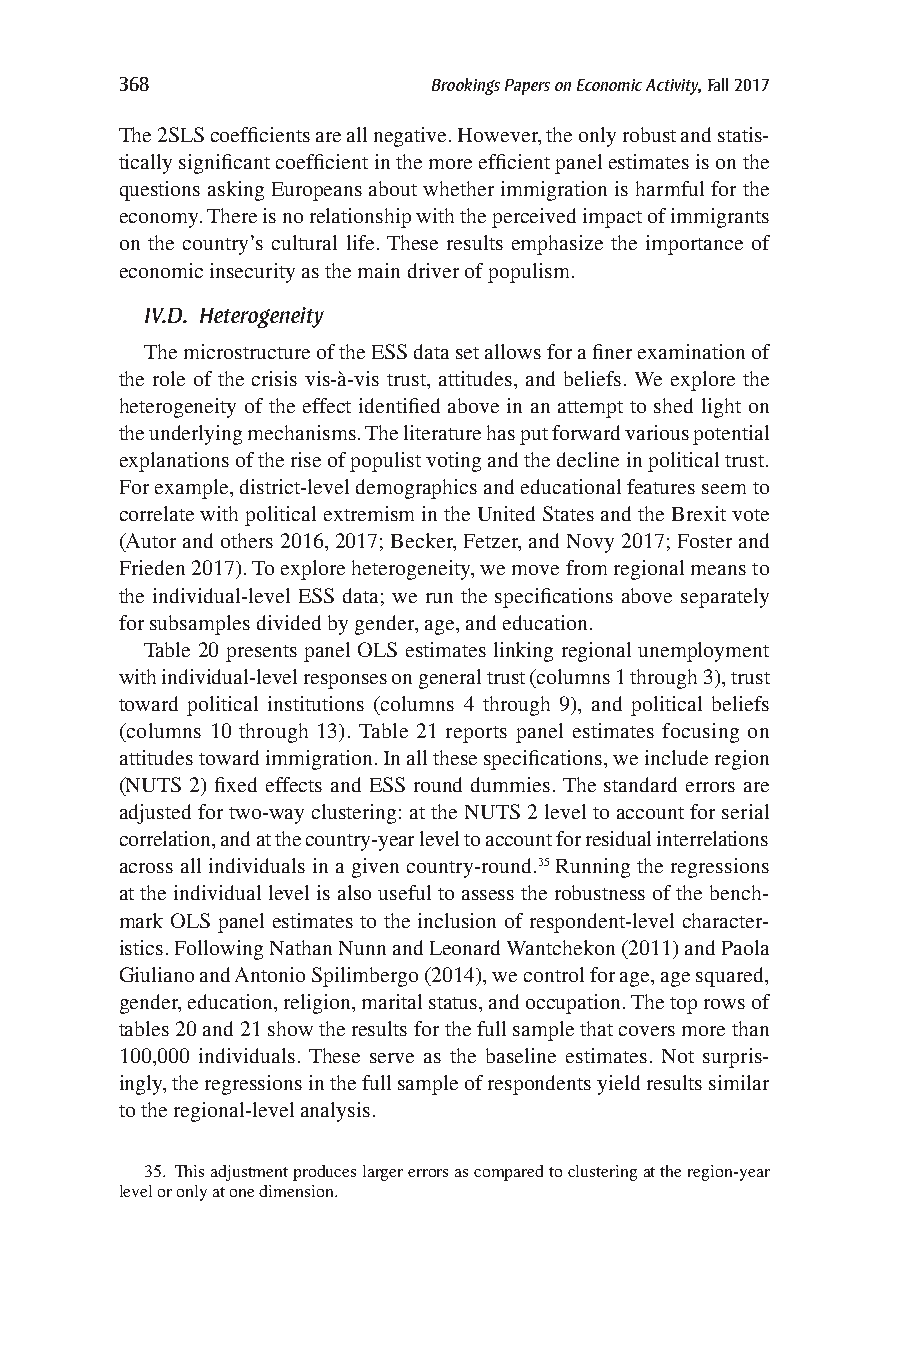
368                  Brookings Papers on Economic Activity, Fall 2017
 The 2SLS coefficients are all negative. However, the only robust and statis-
 tically significant coefficient in the more efficient panel estimates is on the
 questions asking Europeans about whether immigration is harmful for the
 economy. There is no relationship with the perceived impact of immigrants
 on the country’s cultural life. These results emphasize the importance of
 economic insecurity as the main driver of populism.
 IV.D. Heterogeneity
 The microstructure of the ESS data set allows for a finer examination of
 the role of the crisis vis-à-vis trust, attitudes, and beliefs. We explore the
 heterogeneity of the effect identified above in an attempt to shed light on
 the underlying mechanisms. The literature has put forward various potential
 explanations of the rise of populist voting and the decline in political trust.
 For example, district-level demographics and educational features seem to
 correlate with political extremism in the United States and the Brexit vote
 (Autor and others 2016, 2017; Becker, Fetzer, and Novy 2017; Foster and
 Frieden 2017). To explore heterogeneity, we move from regional means to
 the individual-level ESS data; we run the specifications above separately
 for subsamples divided by gender, age, and education.
 Table 20 presents panel OLS estimates linking regional unemployment
 with individual-level responses on general trust (columns 1 through 3), trust
 toward political institutions (columns 4 through 9), and political beliefs
 (columns 10 through 13). Table 21 reports panel estimates focusing on
 attitudes toward immigration. In all these specifications, we include region
 (NUTS 2) fixed effects and ESS round dummies. The standard errors are
 adjusted for two-way clustering: at the NUTS 2 level to account for serial
 correlation, and at the country-year level to account for residual interrelations
 across all individuals in a given country-round.35 Running the regressions
 at the individual level is also useful to assess the robustness of the bench-
 mark OLS panel estimates to the inclusion of respondent-level character-
 istics. Following Nathan Nunn and Leonard Wantchekon (2011) and Paola
 Giuliano and Antonio Spilimbergo (2014), we control for age, age squared,
 gender, education, religion, marital status, and occupation. The top rows of
 tables 20 and 21 show the results for the full sample that covers more than
 100,000 individuals. These serve as the baseline estimates. Not surpris-
 ingly, the regressions in the full sample of respondents yield results similar
 to the regional-level analysis.
 35. This adjustment produces larger errors as compared to clustering at the region-year
 level or only at one dimension.